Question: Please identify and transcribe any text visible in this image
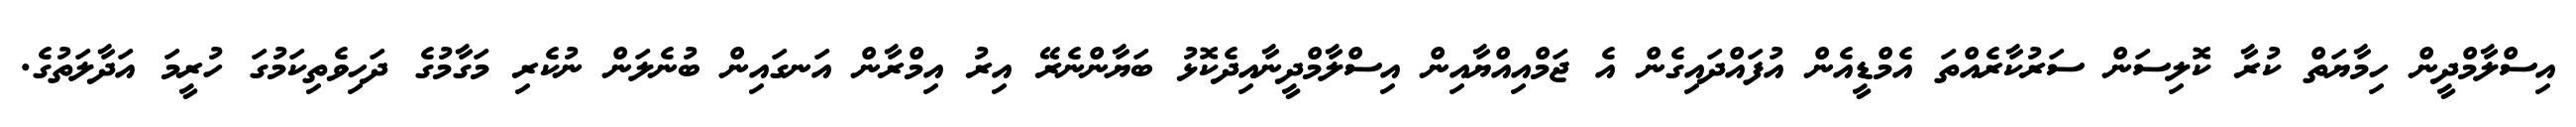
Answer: އިސްލާމްދީން ހިމާޔަތް ކުރާ ކޮލިސަން ސަރުކާރެއްތަ އެމްޑީއެން އުފައްދައިގެން އެ ޖަމްއިއްޔާއިން އިސްލާމްދީނާއިދެކޮޅު ބަޔާންނެރޭ އިރު އިމްރާން އަނގައިން ބުނެލަން ނުކެރި މަގާމުގެ ދަހިވެތިކަމުގަ ހުރީމަ އަދާލަތުގެ.